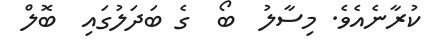
ކުރާނެއެވެ. މިސާލު  ބޯ  ގެ ބަދަލުގައި  ބޮލް